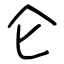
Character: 仑